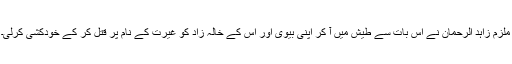
ملزم زاہد الرحمان نے اس بات سے طیش میں آ کر اپنی بیوی اور اس کے خالہ زاد کو غیرت کے نام پر قتل کر کے خودکشی کرلی۔